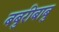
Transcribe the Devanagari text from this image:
बबुरीबाबु